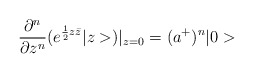
\begin{align*}\frac{\partial^n}{\partial z^n}(e^{\frac{1}{2}z\bar{z}}|z>)|_{z=0}=(a^+)^n|0>\end{align*}